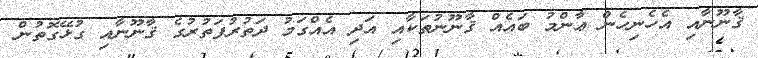
ޤާނޫނާއި އެހެނިހެން ޢާންމު ބައެއް ޤާނޫނުތަކާއި އަދި އެއްގަމު ދަތުރުފަތުރުގެ ޤާނޫނާއި ގުޅޭގޮތުން